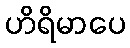
ဟိရိမာပေ